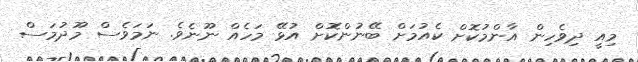
މިއީ ދިވެހިން އާންމުކޮށް ކެއުމަށް ބޭނުންކޮށް އުޅޭ މަހެއް ނޫނެވެ. ނަމަވެސް މޫދުމަސް